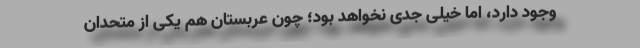
وجود دارد، اما خیلی جدی نخواهد بود؛ چون عربستان هم یکی از متحدان